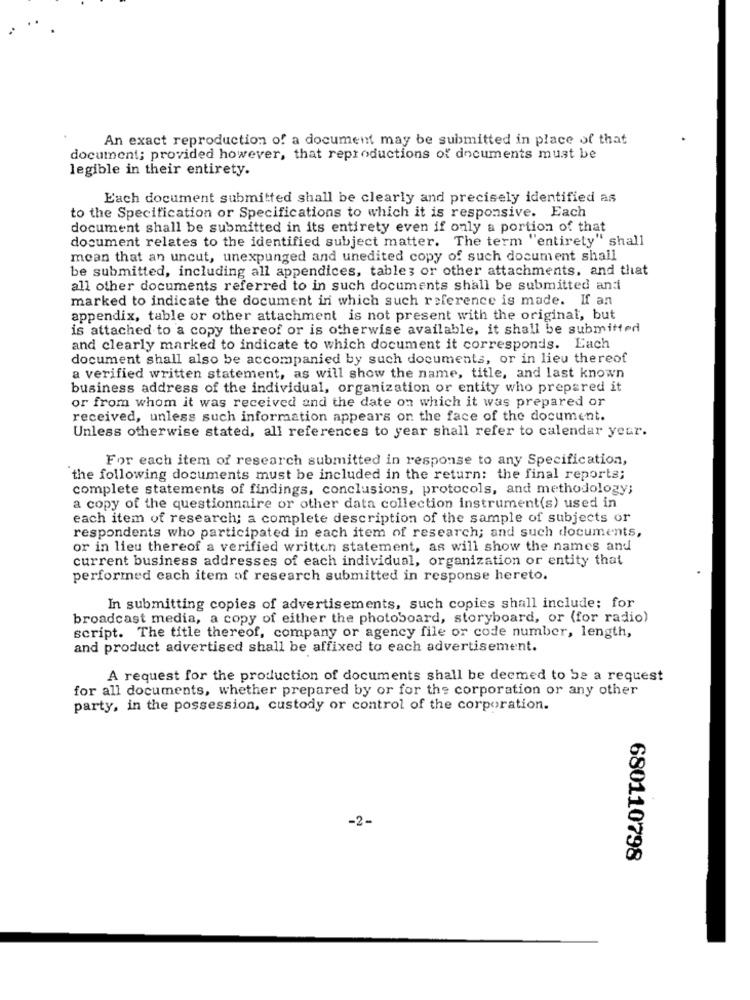
An exact reproduction of a document may be submitted in place of that
document; provided however, that reproductions of documents must be
legible in their entirety.
Each document submitted shall be clearly and precisely identified as
to the Specification or Specifications to which it is responsive. Each
document shall be submitted in its entirety even if only a portion of that
document relates to the identified subject matter. The term "entirety" shall
mean that an uncut, unexpunged and unedited copy of such document shall
be submitted, including all appendices, tables or other attachments, and that
all other documents referred to in such documents shall be submitted and
marked to indicate the document in which such reference is made. If an
appendix, table or other attachment is not present with the original, but
is attached to a copy thereof or is otherwise available, it shall be submitted
and clearly marked to indicate to which document it corresponds. Each
document shall also be accompanied by such documents, or in lieu thereof
a verified written statement, as will show the name, title, and last known
business address of the individual, organization or entity who prepared it
or from whom it was received and the date on which it was prepared or
received, unless such information appears on the face of the document.
Unless otherwise stated, all references to year shall refer to calendar year.
For each item of research submitted in response to any Specification,
the following documents must be included in the return: the final reports;
complete statements of findings, conclusions, protocols, and methodology;
a copy of the questionnaire or other data collection instrument(s) used in
each item of research; a complete description of the sample of subjects or
respondents who participated in each item of research; and such documents,
or in lieu thereof a verified written statement, as will show the names and
current business addresses of each individual, organization or entity that
performed each item of research submitted in response hereto.
In submitting copies of advertisements, such copies shall include: for
broadcast media, a copy of either the photoboard, storyboard, or (for radio)
script. The title thereof, company or agency file or code number, length,
and product advertised shall be affixed to each advertisement.
A request for the production of documents shall be deemed to be a request
for all documents, whether prepared by or for the corporation or any other
party, in the possession, custody or control of the corporation.
-2-
680110798